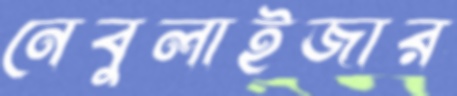
নেবুলাইজার